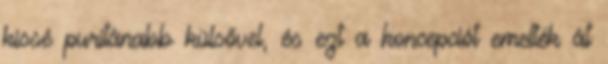
kissé puritánabb külsővel, és ezt a koncepciót emelték át